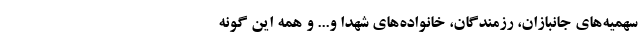
سهمیه‌های جانبازان، رزمندگان، خانواده‌های شهدا و... و همه این گونه